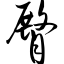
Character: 臀